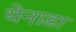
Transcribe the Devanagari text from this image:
येनाडा